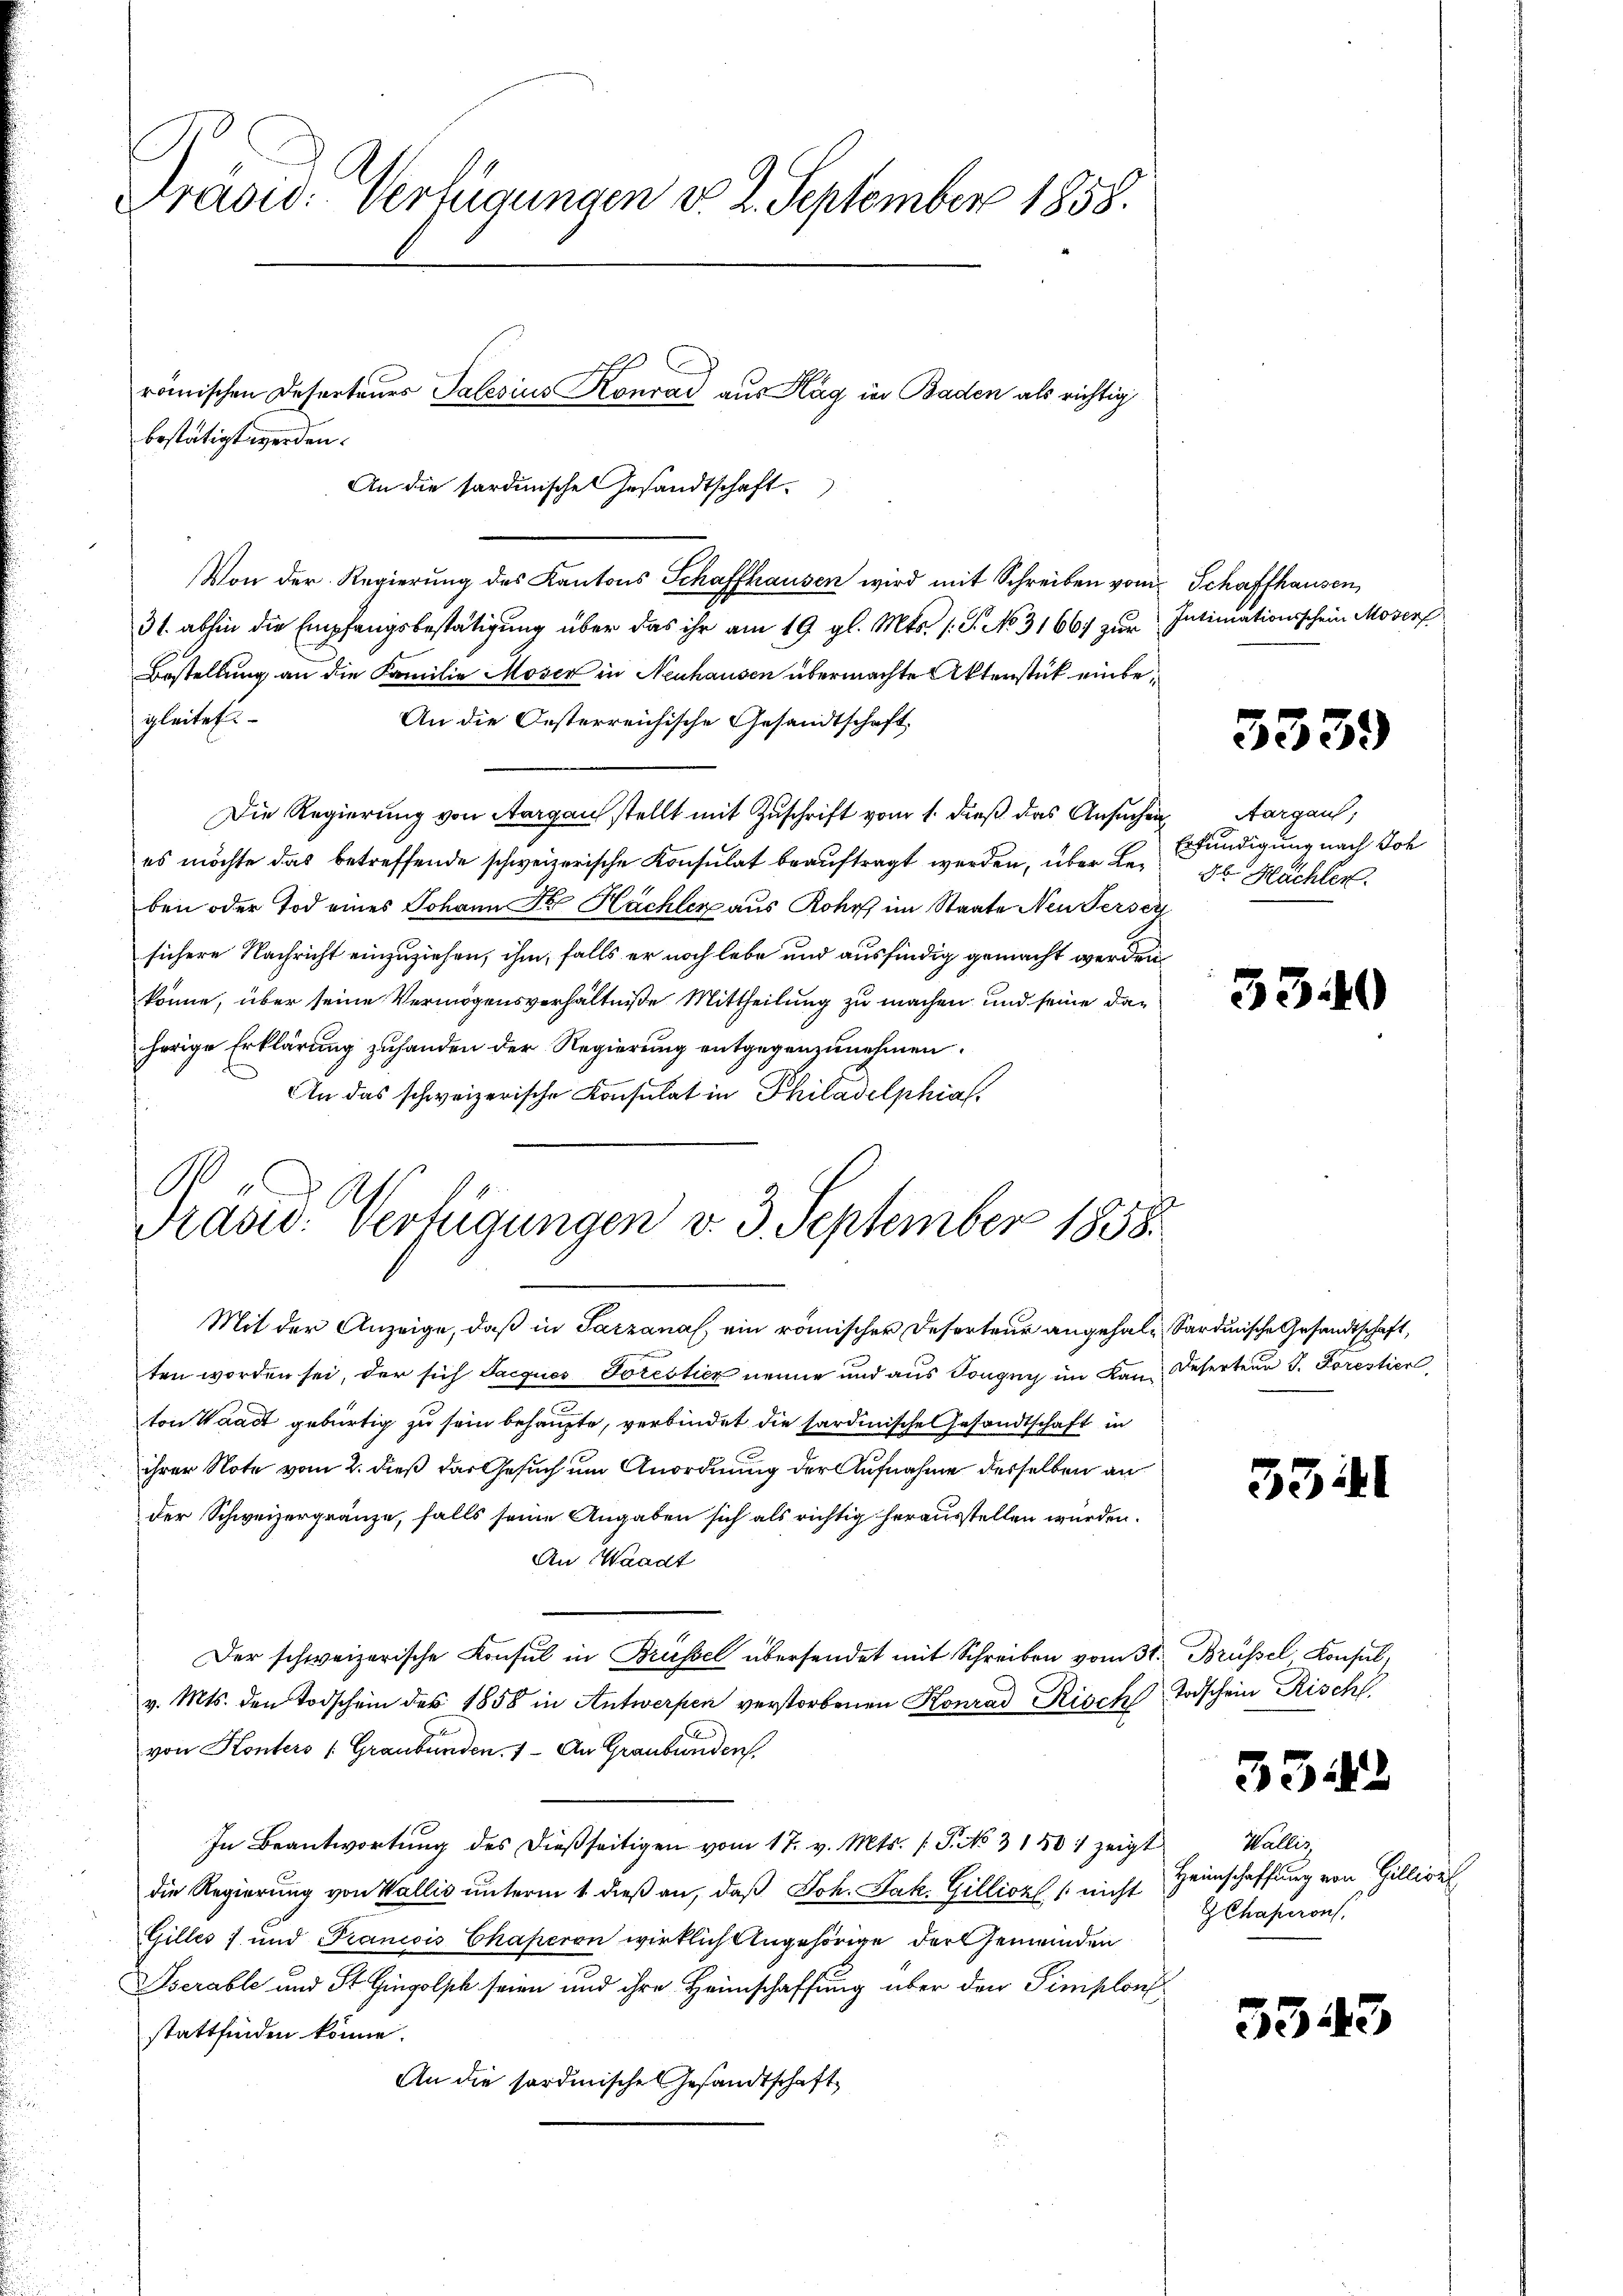
Prasid: Verfügungen v. 2. September 1858.

bestätigt werden.
Von der Regierung des Kantons Schaffhausen wird mit Schreiben vom
31. abhin die Empfangsbestätigung über das ihr am 19. gl. Mts. 1 S. No. 31667 zur
Bestellung an die Familie Moser in Neuhausen übermachte Aktenstück einbegleitet
An die Oesterreichische Gesandtschaft
Die Regierung von Aargau stellt mit Zuschrift vom 1. dieß das Ansuchen Aargau,
es möchte das betreffende schweizerische Konsulat beauftragt werden, über Leben oder Tod eines Johann Sr. Hächler aus Rohr im Staate Neu dersez
sichere Nachricht einzuziehen, ihm, falls er noch lebe und ausfindig gemacht werden
könne, über seine Vermögensverhältniße Mittheilung zu machen und seine daherige Erklärung zuhanden der Regierung entgegenzunehmen.
An das schweizerische Konsulat in Philadelphia

römischen Deserteurs Talesius Konrad aus Hag in Baden als richtig
An die sardinische Gesandtschaft

00
Kaswo. Verfügungen v. 3. September 1858.

Mit der Anzeige, daß in Satzanal ein römischer Deserteur angehalt Sardinische Gesandtschaft,
ten worden sei, der sich Jacques Torestiez nenne und aus Tongny im Kan Deserteur J. Forestier
ton Waadt gebürtig zu sein behaupte, verbindet die sardinische Gesandtschaft in
ihrer Note vom 2. dieß das Gesuch um Anordnung der Aufnahme derselben an
der Schweizergränze, falls seine Angaben sich als richtig herausstellen würden.
An Waadt
Der schweizerische Konsul in Brüssel übersendet mit Schreiben vom 31. Brüssel Konsul,
v. Mts. den Todschein des 1858 in Antwerfen verstorbenen Konrad Risch Todschein Risch,
von Konters (Graubünden. - An Graubünden.
In Beantwortung des dießseitigen vom 17. v. Mts. (T. No 3150: zeigt
die Regierung von Wallis unterm 1. dieß an, daß Joh. Jak. Gillion (nicht
Gilles ; und Francois Chaperon wirklich Angehörige der Gemeinden
Dserable und St. Gingolph seien und ihre Heimschaffung über den Simplon
stattfinden könne.
An die sordinische Gesandtschaft

Schaffhausen
Intimationsschein Moser

3339

Erkundigung nach Joh
 Hächler.

3340

53

5342

Wallis,
Heimschaffung von Gilliret
Chaperons

534

3